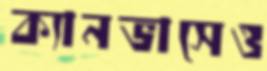
ক্যানভাসেও